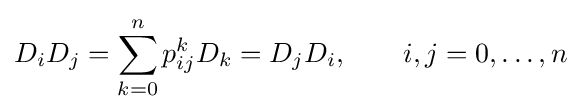
D_{i}D_{j}=\sum _{k=0}^{n}p_{ij}^{k}D_{k}=D_{j}D_{i},\qquad i,j=0,\ldots ,n